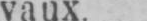
vaux.